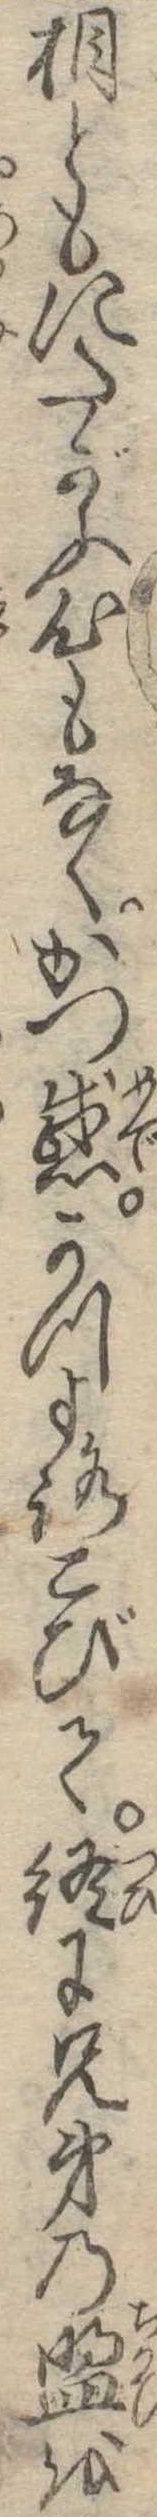
相ともにたがふ心もなくかつ感かつよろこびて終に兄弟の盟を